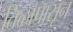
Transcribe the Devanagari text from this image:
तिळापासून